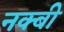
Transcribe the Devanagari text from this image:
नक्बी